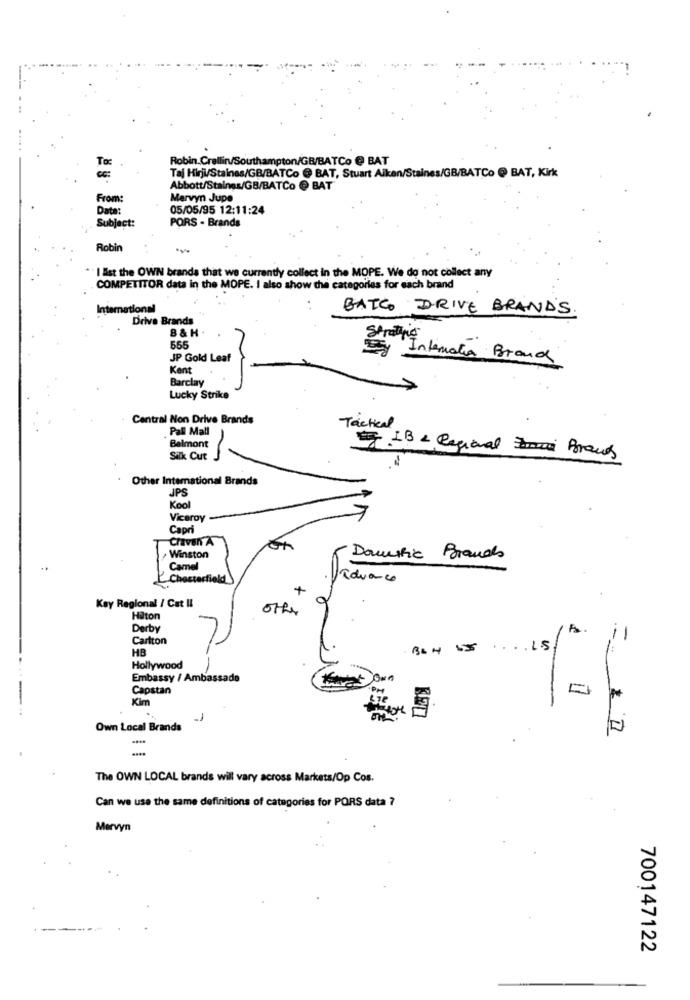
Robin.Crallin/Southampton/GB/BATCo @ BAT
To
Taj Hirji/Staines/GB/BATCo @ BAT, Stuart Alken/Staines/GB/BATCo @ BAT, Kirk
Abbott/Staings/GB/BATCo @ BAT
From:
Mervyn Jupe
Data:
05/05/95 12:11:24
PORS . Brands
Subject:
Robin
"I Est the OWN brands that we currently collect in the MOPE. We do not collect any
COMPETITOR data in the MOPE. I also show the categories for each brand
International
BATCO DRIVE BRAND'S.
Drive Brands
B & H
Strating
JP Gold Leaf
y Internatia Brand
Kent
Barclay
Lucky Strike
Central Non Drive Brands
. Pall Mall
Tactical
Belmont
-
Silk Cut
IB & Regional Z Brans
Other International Brands
JPS
Kool
Viceroy
Capri
Craven A
Winston
Domutic Brands
Camel
field
Paduaco
Kay Regional / Cat Il
other
Hilton
Derby
Carlton
=
HB
15
Hollywood
Embassy / Ambassade
Capstan
Kim
KET
Own Local Brands
The OWN LOCAL brands will vary across Markets/Op Cos.
Can we use the same definitions of categories for PORS data ?
Mervyn
-
700147122